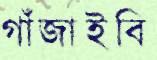
গাঁজাইবি